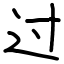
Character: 过